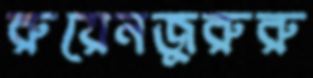
রুয়েনজুরুরু